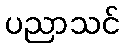
ပညာသင်